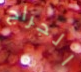
الجراج